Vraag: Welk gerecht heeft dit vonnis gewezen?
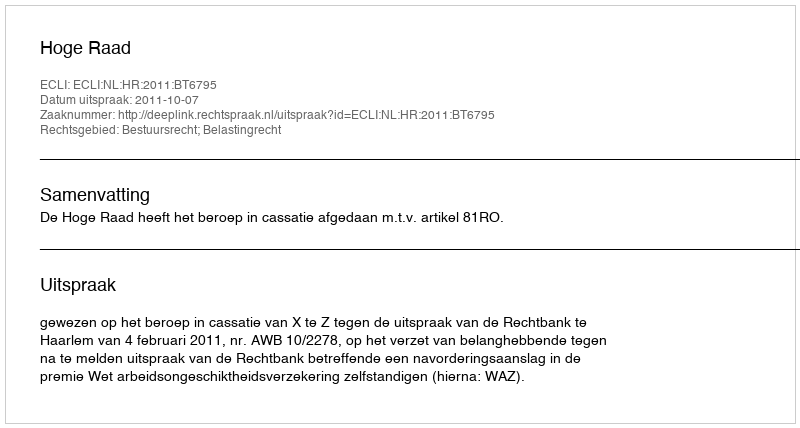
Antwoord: Hoge Raad